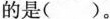
的是( )。